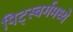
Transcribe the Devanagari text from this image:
पिट्स्बर्गमध्ये